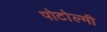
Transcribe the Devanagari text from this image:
पोटोल्मी